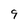
Character: 9